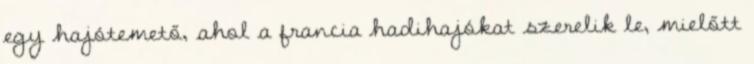
egy hajótemető, ahol a francia hadihajókat szerelik le, mielőtt